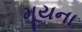
મૂયના